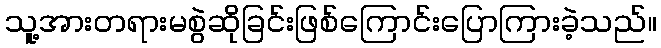
သူ့အားတရားမစွဲဆိုခြင်းဖြစ်ကြောင်းပြောကြားခဲ့သည်။